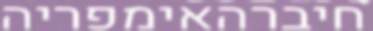
חיברהאימפריה